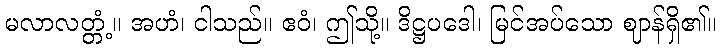
မလာလတ္တံ့။ အဟံ၊ ငါသည်။ ဧဝံ၊ ဤသို့။ ဒိဋ္ဌပဒေါ၊ မြင်အပ်သော ဈာန်ရှိ၏။